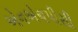
એનએચપીસી